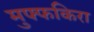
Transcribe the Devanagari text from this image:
मुफ्फकिरा